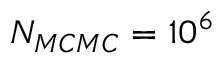
N _ { M C M C } = 1 0 ^ { 6 }